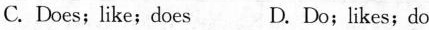
C.Does;like;does D.Do;likes;do